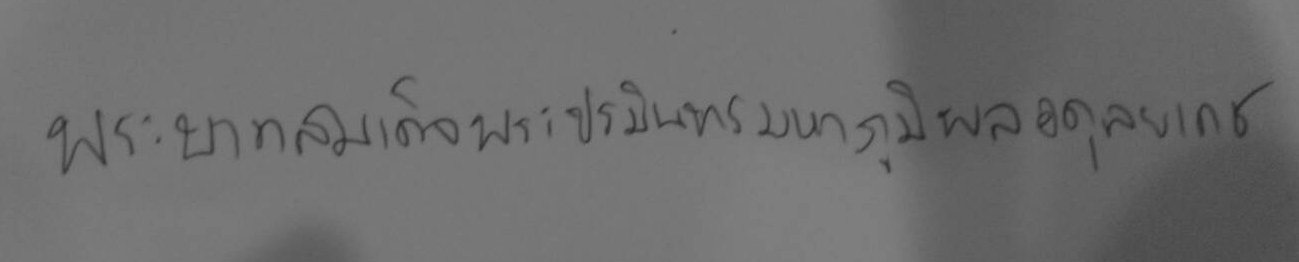
พระบาทสมเด็จพระปริมนทรมหาภูมิพลอดุลยเดช